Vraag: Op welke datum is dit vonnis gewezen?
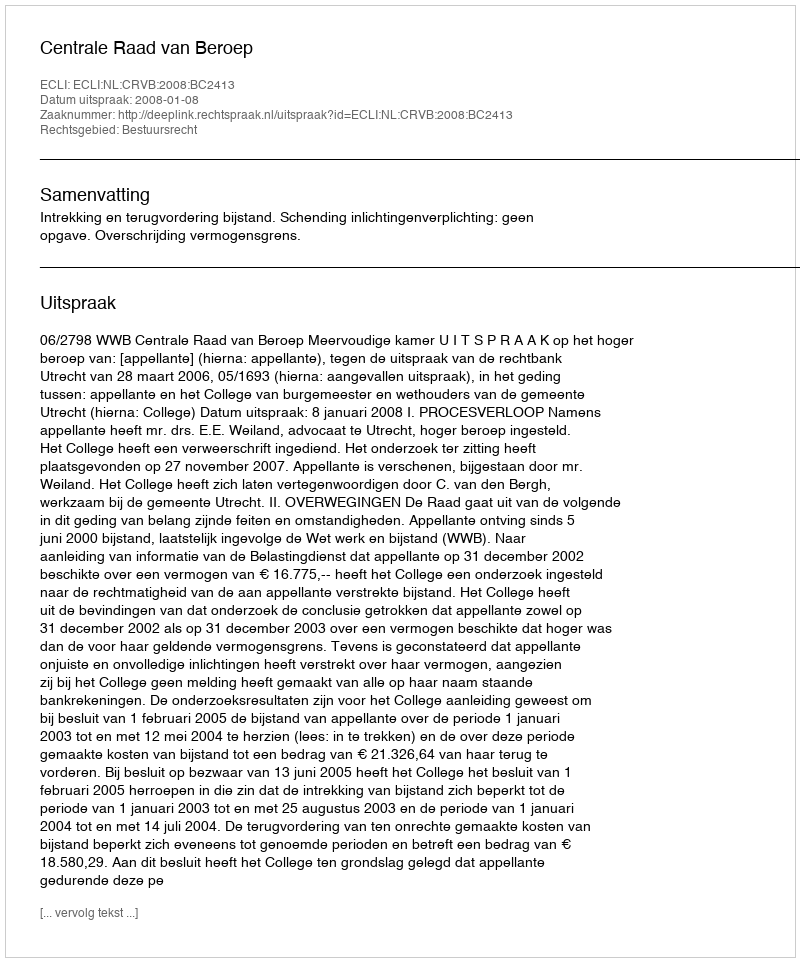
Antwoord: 2008-01-08